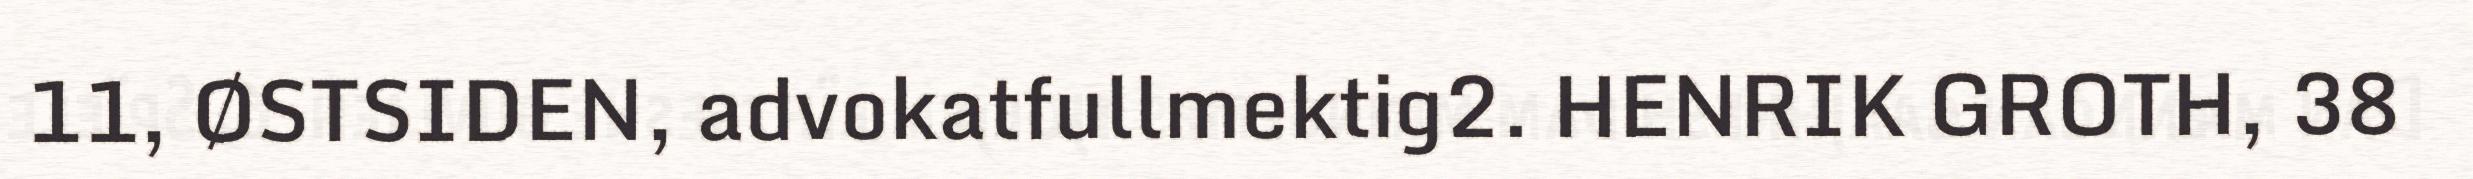
11, ØSTSIDEN, advokatfullmektig2. HENRIK GROTH, 38